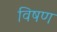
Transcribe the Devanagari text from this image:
विषण